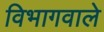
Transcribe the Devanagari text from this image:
विभागवाले